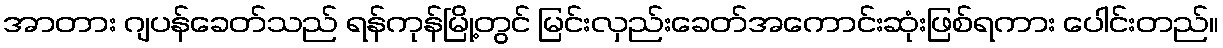
အာတား ဂျပန်ခေတ်သည် ရန်ကုန်မြို့တွင် မြင်းလှည်းခေတ်အကောင်းဆုံးဖြစ်ရကား ပေါင်းတည်။